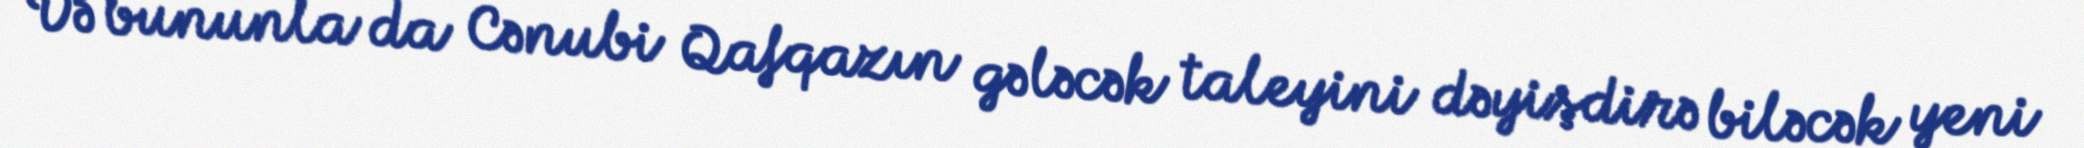
Və bununla da Cənubi Qafqazın gələcək taleyini dəyişdirə biləcək yeni